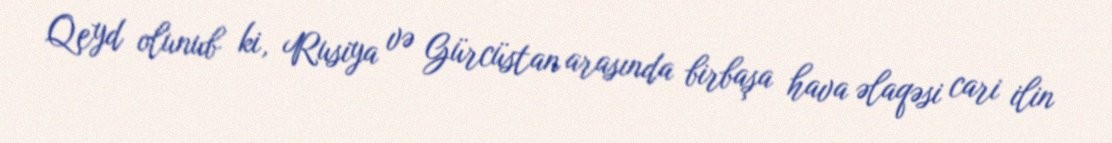
Qeyd olunub ki, Rusiya və Gürcüstan arasında birbaşa hava əlaqəsi cari ilin